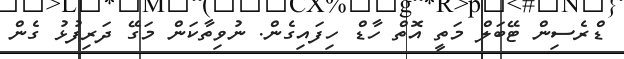
ޑްރެސިން ޓޭބަލް މަތީ އޮތް ހާޑް ހިފައިގެން. ނުވިތާކަން މަގޭ ދަރިފުޅު ގެން